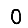
Digit: 0